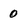
Character: 0